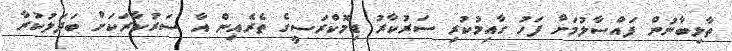
ތާލިބާނުން ފައްސާލުމަށް ފަހު ގާއިމުކުރި ސަރުކާރު ޑިމޮކްރަސީގެ ތެރެއިން އާ ސަރުކާރަކަށް ބަދަލުކުރާ